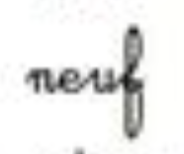
neuf